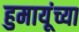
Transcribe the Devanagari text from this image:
हुमायूंच्या